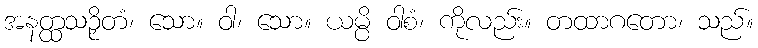
အနတ္ထသဉှိတံ၊ သော။ ဝါ၊ သော။ ယမ္ပိ ဝါစံ၊ ကိုလည်း။ တထာဂတော၊ သည်။